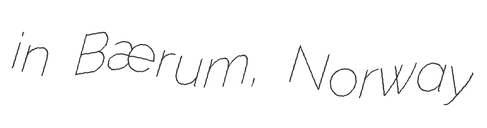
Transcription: in Bærum, Norway